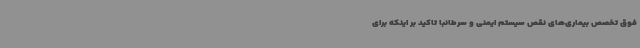
فوق تخصص بیماری‌های نقص سیستم ایمنی و سرطانبا تاکید بر اینکه برای